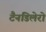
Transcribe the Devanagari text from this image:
टैनडिलेरो